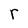
Character: r